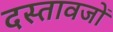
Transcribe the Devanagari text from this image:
दस्तावजों